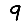
Digit: 9